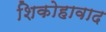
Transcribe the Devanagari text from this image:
शिकोहावाद